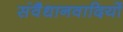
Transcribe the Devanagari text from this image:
संवैधानवादियों